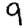
Digit: 9